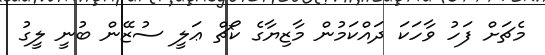
މެޗަށް ފަހު ވާހަކަ ދައްކަމުން މާޒިޔާގެ ކޯޗް ޢަލީ ސުޒޭން ބުނީ ލީގު